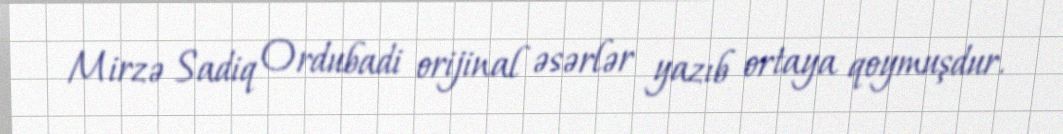
Mirzə Sadiq Ordubadi orijinal əsərlər yazıb ortaya qoymuşdur.